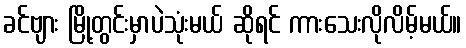
ခင်ဗျား မြို့တွင်းမှာပဲသုံးမယ် ဆိုရင် ကားသေးလိုလိမ့်မယ်။